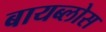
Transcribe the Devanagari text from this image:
बायब्लोस